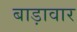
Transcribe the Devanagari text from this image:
बाड़ावार